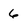
Character: 6